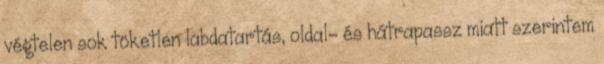
végtelen sok töketlen labdatartás, oldal- és hátrapassz miatt szerintem